Indian journal of veterinary science and animal husbandry - Volumes 26-27, 1956-1957
Year: 1956
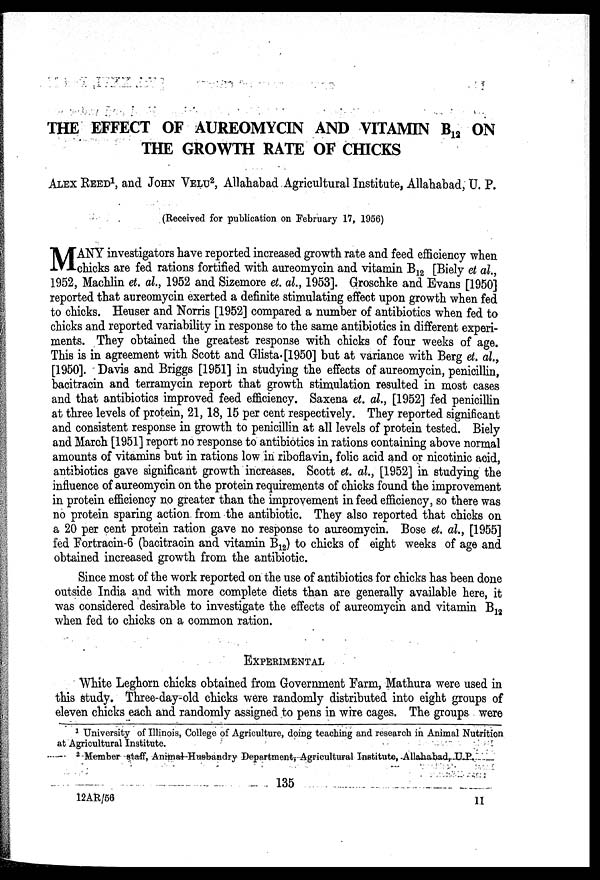
THE EFFECT OF AUREOMYCIN AND VITAMIN B 12 ON
THE GROWTH RATE OF CHICKS
ALEX REED 1 , and JOHN VELU 2 , Allahabad Agricultural Institute, Allahabad, U. P.
(Received for publication on February 17, 1956)
M ANY investigators have reported increased growth rate and feed efficiency when
chicks are fed rations fortified with aureomycin and vitamin B 12 [Biely et al.,
1952, Machlin et. al., 1952 and Sizemore et. al., 1953]. Groschke and Evans [1950]
reported that aureomycin exerted a definite stimulating effect upon growth when fed
to chicks. Heuser and Norris [1952] compared a number of antibiotics when fed to
chicks and reported variability in response to the same antibiotics in different experi-
ments. They obtained the greatest response with chicks of four weeks of age.
This is in agreement with Scott and Glista. [1950] but at variance with Berg et. al.,
[1950]. Davis and Briggs [1951] in studying the effects of aureomycin, penicillin,
bacitracin and terramycin report that growth stimulation resulted in most cases
and that antibiotics improved feed efficiency. Saxena et. al., [1952] fed penicillin
at three levels of protein, 21, 18, 15 per cent respectively. They reported significant
and consistent response in growth to penicillin at all levels of protein tested. Biely
and March [1951] report no response to antibiotics in rations containing above normal
amounts of vitamins but in rations low in riboflavin, folic acid and or nicotinic acid,
antibiotics gave significant growth increases. Scott et. al., [1952] in studying the
influence of aureomycin on the protein requirements of chicks found the improvement
in protein efficiency no greater than the improvement in feed efficiency, so there was
no protein sparing action from the antibiotic. They also reported that chicks on
a 20 per cent protein ration gave no response to aureomycin. Bose et. al., [1955]
fed Fortracin-6 (bacitracin and vitamin B 12 ) to chicks of eight weeks of age and
obtained increased growth from the antibiotic.
Since most of the work reported on the use of antibiotics for chicks has been done
outside India and with more complete diets than are generally available here, it
was considered desirable to investigate the effects of aureomycin and vitamin B 12
when fed to chicks on a common ration.
EXPERIMENTAL
White Leghorn chicks obtained from Government Farm, Mathura were used in
this study. Three-day-old chicks were randomly distributed into eight groups of
eleven chicks each and randomly assigned to pens in wire cages. The groups were
1 University of Illinois, College of Agriculture, doing teaching and research in Animal Nutrition
at Agricultural Institute.
2 Member staff, Animal Husbandry Department, Agricultural Institute, Allahabad, U.P.
135
12AR/56
11